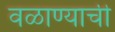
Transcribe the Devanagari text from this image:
वळाण्याची